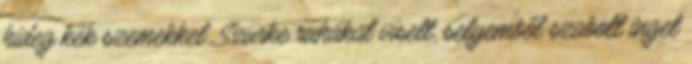
hideg kék szemekkel. Szürke ruhákat viselt, selyemből szabott inget